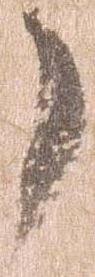
了